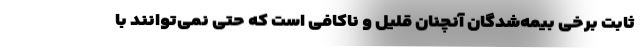
ثابتِ برخی بیمه‌شدگان آنچنان قلیل و ناکافی است که حتی نمی‌توانند با